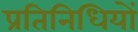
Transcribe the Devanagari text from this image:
प्रतिनिधियों